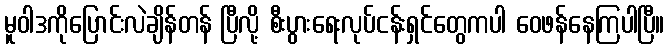
မူဝါဒကိုပြောင်းလဲချိန်တန် ပြီလို့ စီးပွားရေးလုပ်ငန်းရှင်တွေကပါ ဝေဖန်နေကြပါပြီ။